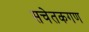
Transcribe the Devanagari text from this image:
सचेतकगण